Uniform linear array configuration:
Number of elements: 64
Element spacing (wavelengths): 1
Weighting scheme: hamming
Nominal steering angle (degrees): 15
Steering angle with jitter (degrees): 13.267
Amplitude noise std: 0.05
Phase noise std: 0.05

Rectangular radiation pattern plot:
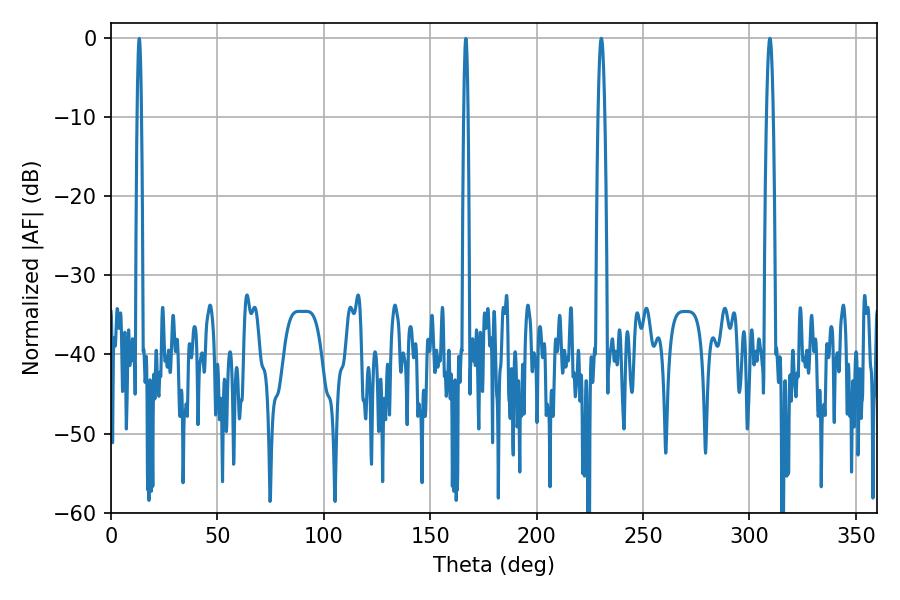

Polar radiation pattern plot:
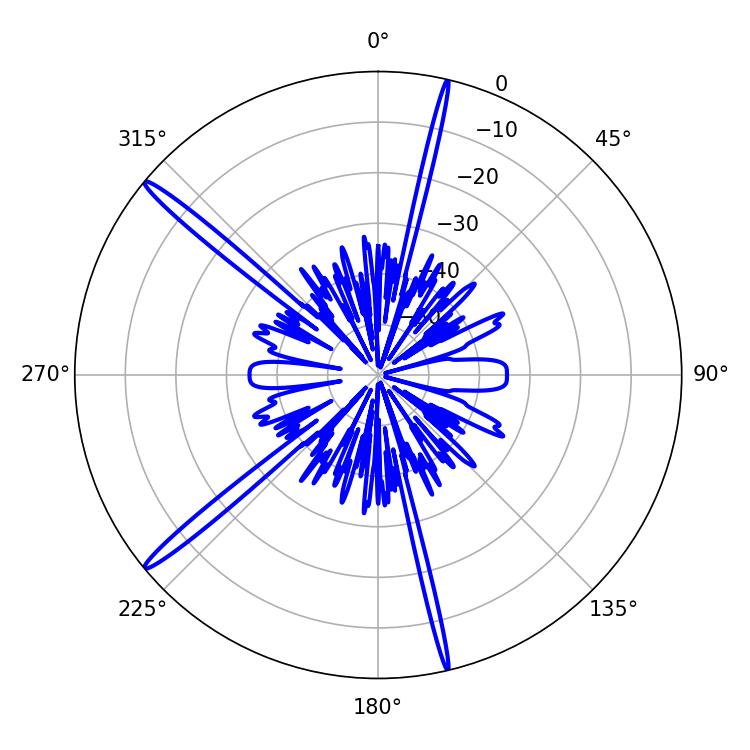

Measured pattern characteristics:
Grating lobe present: TRUE
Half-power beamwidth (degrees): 1.8
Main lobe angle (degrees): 230.4